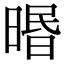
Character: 㬆